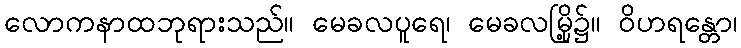
လောကနာထဘုရားသည်။ မေခလပူရေ၊ မေခလမြို့၌။ ဝိဟရန္တော၊